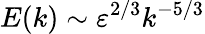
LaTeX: E(k)\sim\varepsilon^{2/3}k^{-5/3}